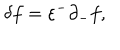
\delta f = \varepsilon ^ { - } \partial _ { - } f ,